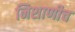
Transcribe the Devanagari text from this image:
निशाणीच